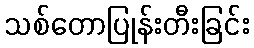
သစ်တောပြုန်းတီးခြင်း